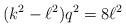
LaTeX: \begin{align*}(k^2-\ell^2)q^2 = 8\ell^2\end{align*}